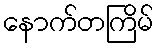
နောက်တကြိမ်